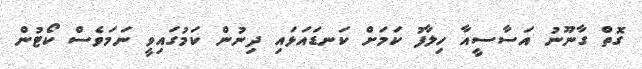
ގޮތް ގާނޫނު އަސާސީއާ ހިލާފު ކަމަށް ކަނޑައަޅައި ދިނުން ކަމުގައިވީ ނަމަވެސް ކޯޓުން